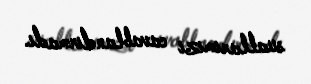
suallarımızı cavablandırmadı.